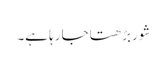
شور بڑھتا جا رہا ہے۔